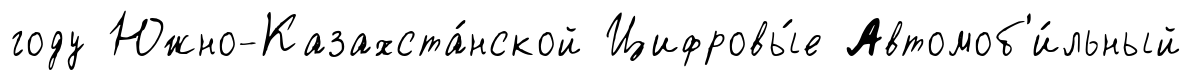
году Южно-Казахста́нской Цифровы́е Автомоб'и́льный